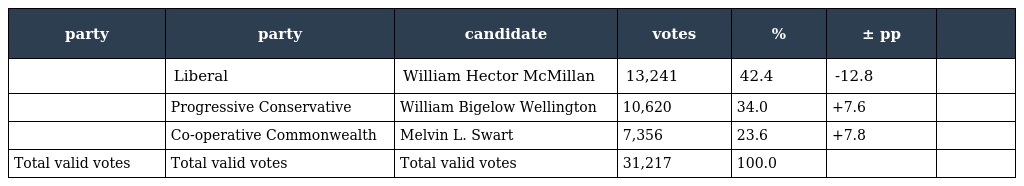
| party | party | candidate | votes | % | ± pp |  |
 | --- | --- | --- | --- | --- | --- | --- |
 |  | Liberal | William Hector McMillan | 13,241 | 42.4 | -12.8 |  |
 |  | Progressive Conservative | William Bigelow Wellington | 10,620 | 34.0 | +7.6 |  |
 |  | Co-operative Commonwealth | Melvin L. Swart | 7,356 | 23.6 | +7.8 |  |
 | Total valid votes | Total valid votes | Total valid votes | 31,217 | 100.0 |  |  |